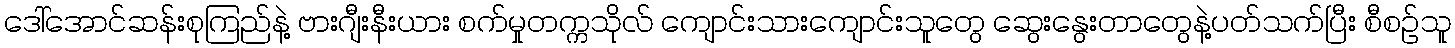
ဒေါ်အောင်ဆန်းစုကြည်နဲ့ ဗားဂျီးနီးယား စက်မှုတက္ကသိုလ် ကျောင်းသားကျောင်းသူတွေ ဆွေးနွေးတာတွေနဲ့ပတ်သက်ပြီး စီစဉ်သူ